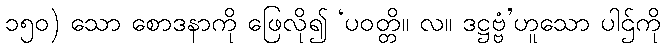
၁၅၀) သော စောဒနာကို ဖြေလို၍ ‘ပဝတ္တိ။ လ။ ဒဋ္ဌဗ္ဗံ’ဟူသော ပါဌ်ကို